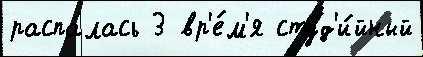
распа́лась 3 вр'е́м'я студ'и́йный